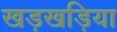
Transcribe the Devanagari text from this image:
खड़खड़िया